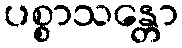
ပစ္စာသန္တော